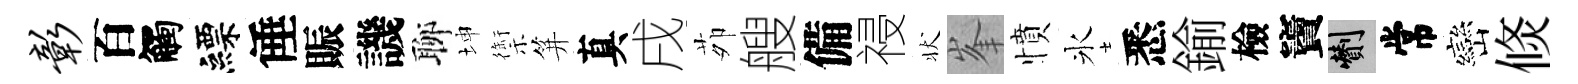
彰百觸縹倕賑譏聊坤禦笄真戌茆艘備祲状峯憤氷悉鍮檢竇剪常巒倐